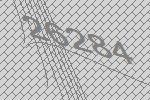
26284